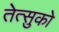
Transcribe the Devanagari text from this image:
तेत्सुको